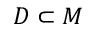
D \subset M